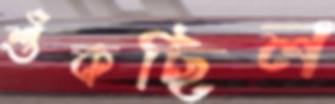
শুঁকছিল